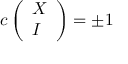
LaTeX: c \left( \begin{array} { l } { { X } } \\ { { I } } \end{array} \right) = \pm 1